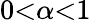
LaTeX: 0\textless\alpha\textless 1